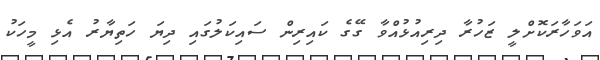
އަވަހާރަކޮށްލީ ޒަހުރާ ދިރިއުޅުއްވާ ގޭގެ ކައިރިން ސައިކަލުގައި ދިޔަ ހަތިޔާރު އެޅި މީހަކު